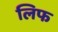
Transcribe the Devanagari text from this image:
लिफ